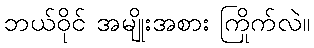
ဘယ်ဝိုင် အမျိုးအစား ကြိုက်လဲ။